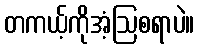
တကယ့်ကိုအံ့ဩစရာပဲ။